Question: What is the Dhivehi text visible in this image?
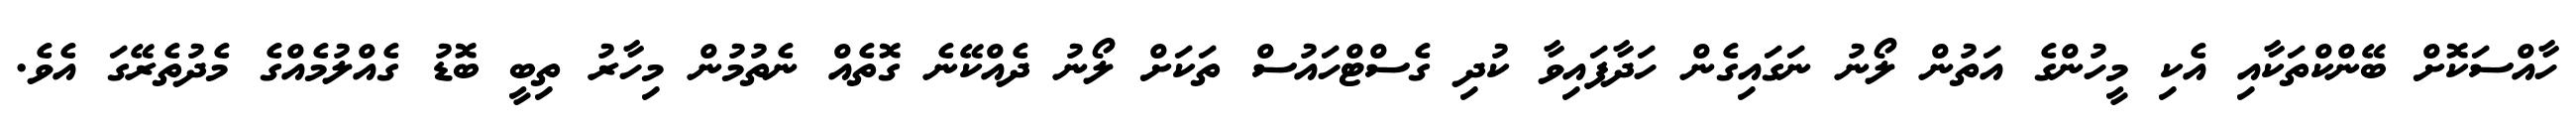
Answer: ހާއްސަކޮށް ބޭންކްތަކާއި އެކި މީހުންގެ އަތުން ލޯނު ނަގައިގެން ހަދާފައިވާ ކުދި ގެސްޓްހައުސް ތަކަށް ލޯނު ދެއްކޭނެ ގޮތެއް ނެތުމުން މިހާރު ތިބީ ބޮޑު ގެއްލުމެއްގެ މެދުތެރޭގަ އެވެ.